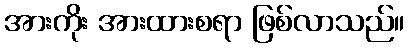
အားကိုး အားထားစရာ ဖြစ်လာသည်။